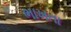
ભાખતા